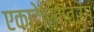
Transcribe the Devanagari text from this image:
एकाटेरिनवर्ग